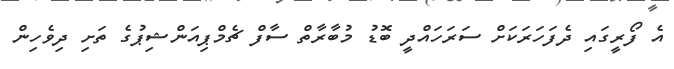
އެ ފޯރީގައި ދެފަހަރަކަށް ސަރަހައްދީ ބޮޑު މުބާރާތް ސާފް ޗެމްޕިއަންޝިޕުގެ ތަށި ދިވެހިން